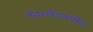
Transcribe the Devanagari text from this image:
नेदरलँडमधील